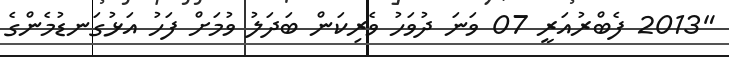
"2013 ފެބްރުއަރީ 07 ވަނަ ދުވަހު ވެރިކަން ބަދަލު ވުމަށް ފަހު އަޅުގަނޑުމެންގެ